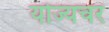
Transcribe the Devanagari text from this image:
योज्यचर